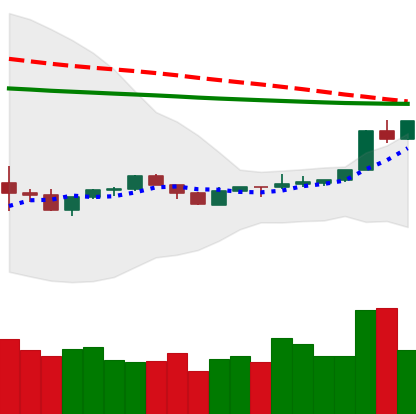
Ticker: XLM-USD
Chart end date: 2020-04-08
Forward return: -5.186%
Label: down_5_7